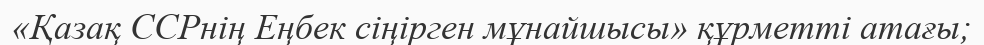
«Қазақ ССРнің Еңбек сіңірген мұнайшысы» құрметті атағы;